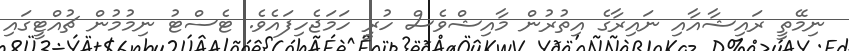
ނިމޭތީ ރައިޝާއާއި ނައިރާގެ އިތުރުން މާއިޝްވެސް ހުރީ ހަމަޖެހިފައެވެ. ޓެސްޓު ނިމުމުން ޗުއްޓީގައި